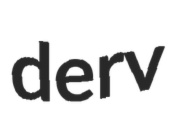
derv